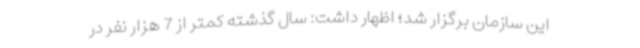
این سازمان برگزار شد؛ اظهار داشت: سال گذشته کمتر از 7 هزار نفر در